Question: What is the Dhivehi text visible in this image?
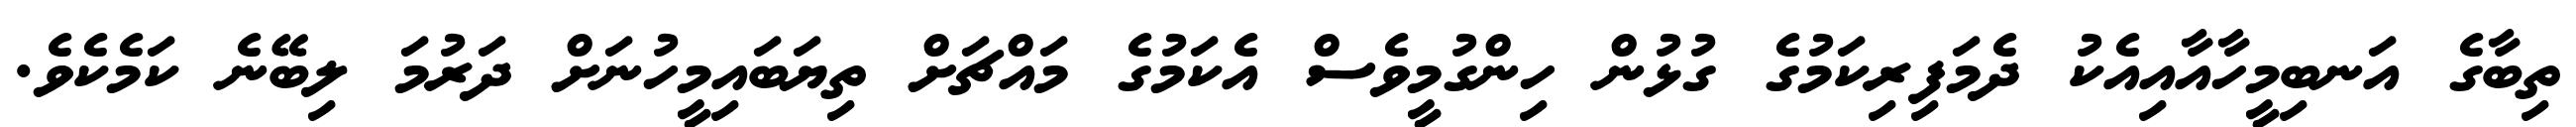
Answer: ތިބާގެ އަނބިމީހާއާއިއެކު ދެމަފިރިކަމުގެ ގުޅުން ހިންގުމީވެސް އެކަމުގެ މައްޗަށް ތިޔަބައިމީހުނަށް ދަރުމަ ލިބޭނެ ކަމެކެވެ.